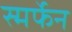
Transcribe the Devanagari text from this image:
स्मर्फेन